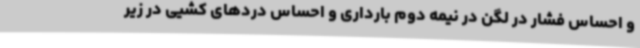
و احساس فشار در لگن در نیمه دوم بارداری و احساس دردهای کشیی در زیر